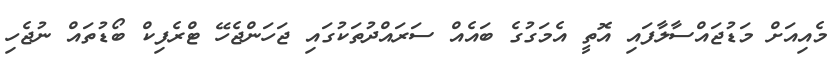
މެއިއަށް މަޑުޖައްސާލާފައި އޮތީ އެމަގުގެ ބައެއް ސަރަައްދުތަކުގައި ޖަހަންޖެހޭ ޓްރެފިކް ބޯޑުތައް ނުޖެހި